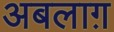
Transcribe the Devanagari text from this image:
अबलाग़